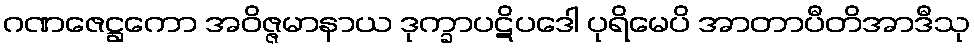
ဂဏဇေဋ္ဌကော အဝိဇ္ဇမာနာယ ဒုက္ခာပဋိပဒေါ ပုရိမေပိ အာတာပီတိအာဒီသု